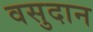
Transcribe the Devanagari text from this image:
वसुदान